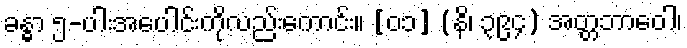
ခန္ဓာ ၅-ပါးအပေါင်းကိုလည်းကောင်း။ [၀၁] (နိ၊ ၃၉၄) အတ္တဘာဝေါ၊